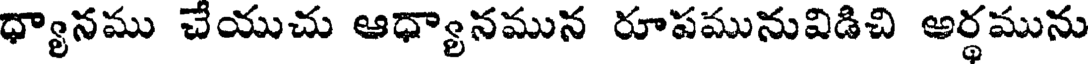
ధ్యానము చేయుచు ఆధ్యానమున రూపమునువిడిచి అర్థమును